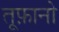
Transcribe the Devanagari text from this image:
तूफ़ानो